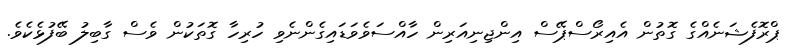
ޕްރޮފެޝަނެއްގެ ގޮތުން އެއިރޯސްޕޭސް އިންޖިނިއަރިން ހާއްސަވެވަޑައިގެންނެވި ހުރިހާ ގޮތަކުން ވެސް ގާބިލު ބޭފުޅެކެވެ.